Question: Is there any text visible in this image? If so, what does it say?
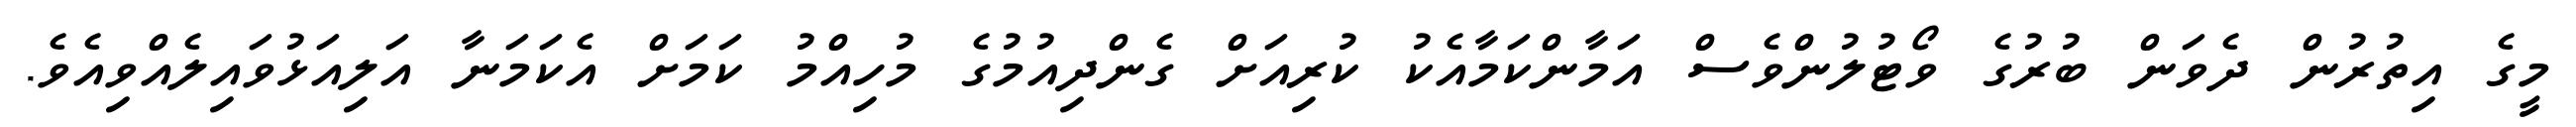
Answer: މީގެ އިތުރުން ދެވަން ބުރުގެ ވޯޓުލުންވެސް އަމާންކަމާއެކު ކުރިއަށް ގެންދިއުމުގެ މުހިއްމު ކަމަށް އެކަމަނާ އަލިއަޅުވައިލެއްވިއެވެ.